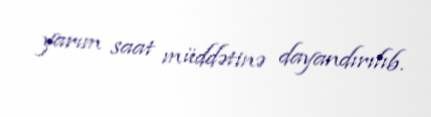
yarım saat müddətinə dayandırılıb.